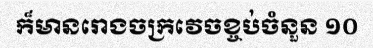
ក៏មានរោងចក្រវេចខ្ចប់ចំនួន ១០